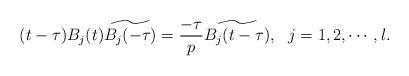
LaTeX: \begin{align*}(t-\tau) B_j(t) \widetilde{B_j(-\tau)} = \frac{-\tau}{p} \widetilde{B_j (t-\tau)}, ~~j=1,2,\cdots,l.\end{align*}